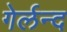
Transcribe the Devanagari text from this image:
गेर्लन्द